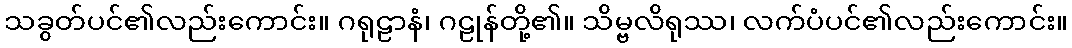
သခွတ်ပင်၏လည်းကောင်း။ ဂရုဠာနံ၊ ဂဠုန်တို့၏။ သိမ္ဗလိရုဿ၊ လက်ပံပင်၏လည်းကောင်း။